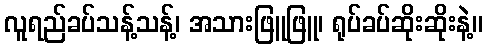
လူရည်ခပ်သန့်သန့်၊ အသားဖြူဖြူ၊ ရုပ်ခပ်ဆိုးဆိုးနဲ့။